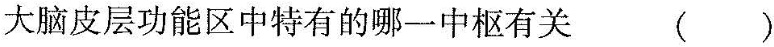
大脑皮层功能区中特有的哪一中枢有关( )